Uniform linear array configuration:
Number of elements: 4
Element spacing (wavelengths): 0.5
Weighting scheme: kaiser
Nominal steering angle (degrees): -60
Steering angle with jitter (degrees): -60.188
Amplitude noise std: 0.05
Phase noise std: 0.05

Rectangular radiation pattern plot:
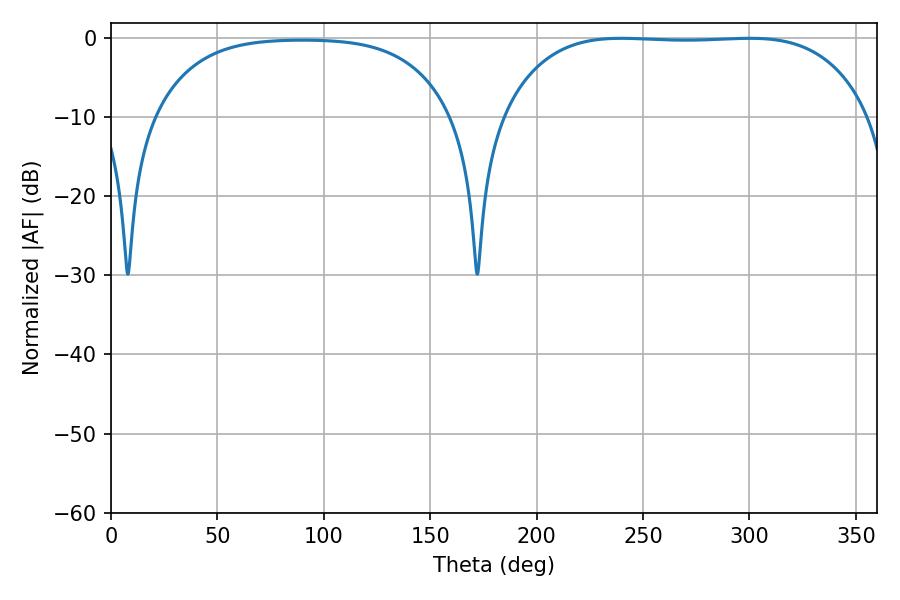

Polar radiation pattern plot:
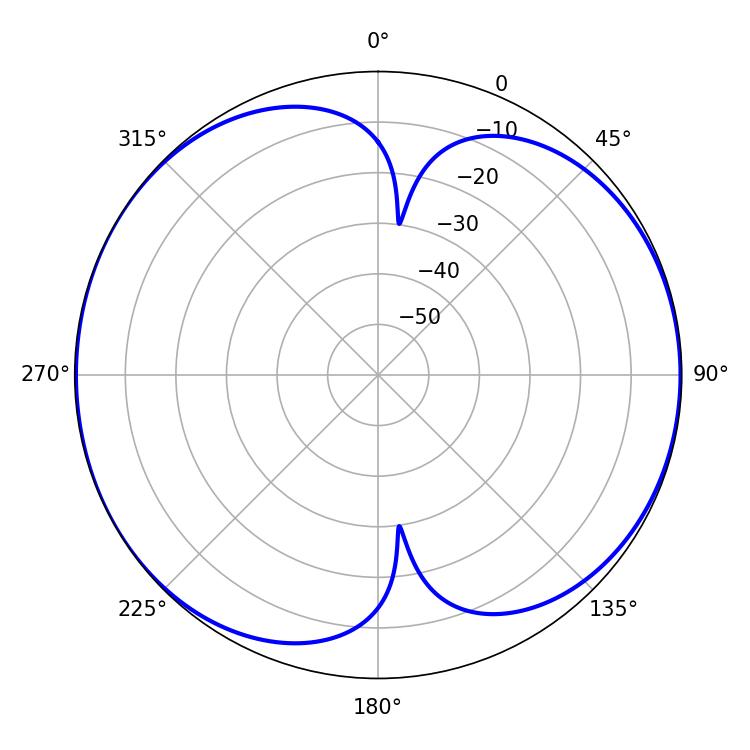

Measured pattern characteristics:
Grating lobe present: FALSE
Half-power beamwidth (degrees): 133.92
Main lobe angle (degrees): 239.76